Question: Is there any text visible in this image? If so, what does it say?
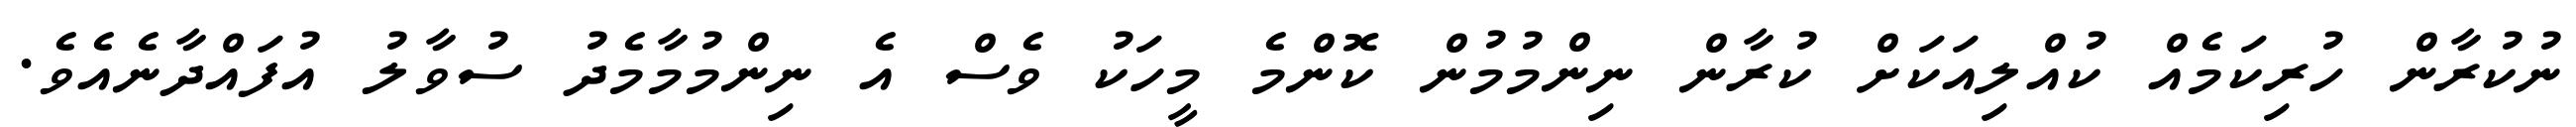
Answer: ނުކުރާން ހުރިކަމެއް ކުއްލިއަކަށް ކުރާން ނިންމުމުން ކޮންމެ މީހަކު ވެސް އެ ނިންމުމާމެދު ސުވާލު އުފައްދާނެއެވެ.